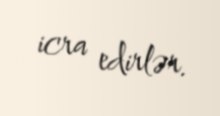
icra edirlər.